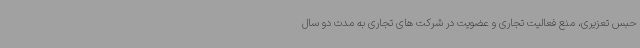
حبس تعزیری، منع فعالیت تجاری و عضویت در شرکت های تجاری به مدت دو سال